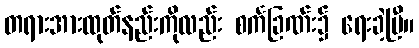
တရားအားထုတ်နည်းကိုလည်း စင်္ကခြဏ်း၌ ရေးခဲ့ပြီ။